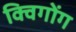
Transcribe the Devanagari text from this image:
क्विगोंग